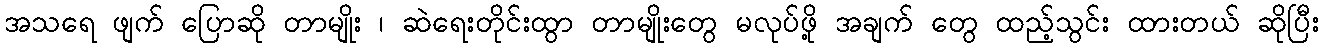
အသရေ ဖျက် ပြောဆို တာမျိုး ၊ ဆဲရေးတိုင်းထွာ တာမျိုးတွေ မလုပ်ဖို့ အချက် တွေ ထည့်သွင်း ထားတယ် ဆိုပြီး